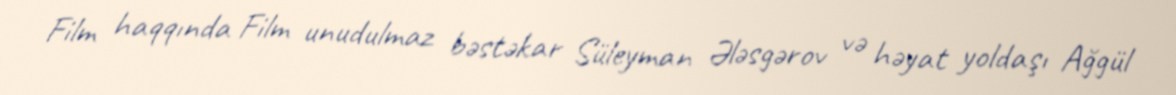
Film haqqında Film unudulmaz bəstəkar Süleyman Ələsgərov və həyat yoldaşı Ağgül